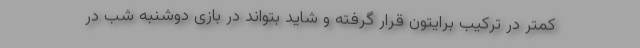
کمتر در ترکیب برایتون قرار گرفته و شاید بتواند در بازی دوشنبه شب در